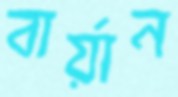
বার্য়ান